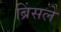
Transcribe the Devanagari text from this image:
ब्रिंसले